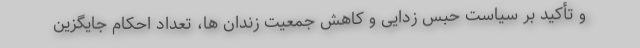
و تأکید بر سیاست حبس زدایی و کاهش جمعیت زندان ها، تعداد احکام جایگزین